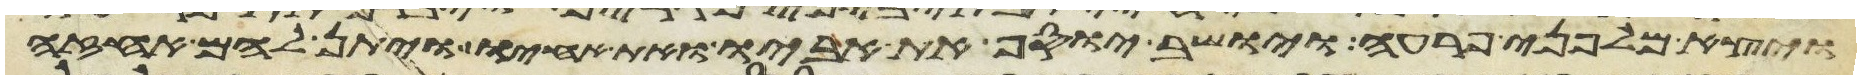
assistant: ויצא מלפני פרעה ויושב יוסף את אביו ואת אחיו ויתן להם אחזה